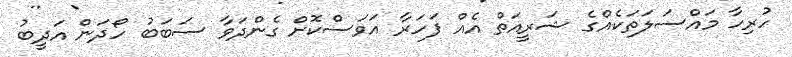
ހުރިހާ މައްސަލަތަކެއްގެ ޝަރީއަތް އެއް ފަހަރާ އަވަސްކޮށް ގެންދަވާ ސަބަބު ހޯދަން އަދީބު